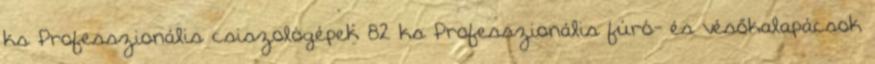
ks Professzionális csiszológépek 82 ks Professzionális fúró- és vésőkalapácsok